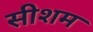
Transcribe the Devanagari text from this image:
सीशम